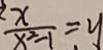
\frac { x } { x ^ { 2 } - 1 } = y